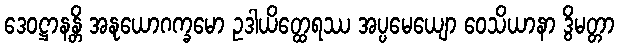
ဒေဝဋ္ဌာနန္တိ အနုယောဂက္ခမော ဥဒါယိတ္ထေရဿ အပ္ပမေယျော ဝေသိယာနာ ဒွိမတ္တာ